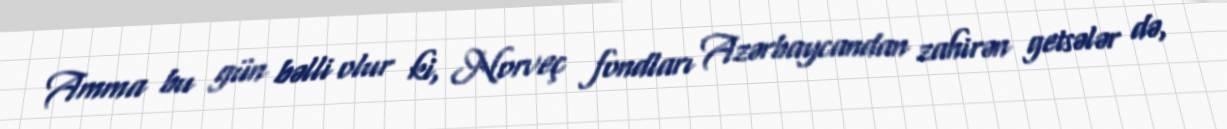
Amma bu gün bəlli olur ki, Norveç fondları Azərbaycandan zahirən getsələr də,